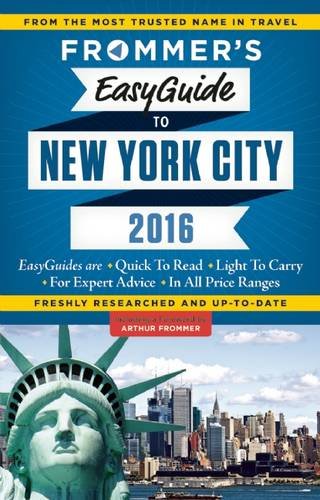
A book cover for Frommer's EasyGuide to New York City 2016 (Frommer's Easy Guides); Pauline Frommer; Travel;